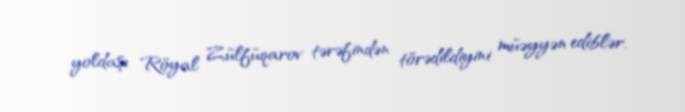
yoldaşı Röyal Zülfüqarov tərəfindən törədildiyini müəyyən ediblər.